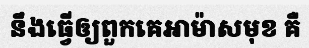
នឹងធ្វើឲ្យពួកគេអាម៉ាសមុខ គឺ